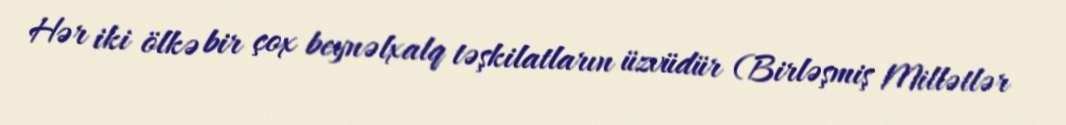
Hər iki ölkə bir çox beynəlxalq təşkilatların üzvüdür (Birləşmiş Millətlər